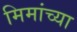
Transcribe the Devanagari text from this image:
मिमांच्या